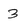
Character: 3